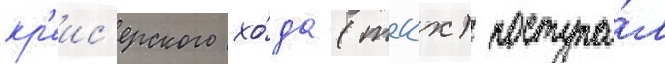
кр'еис'ерского хо́да (ткх) поступа́л